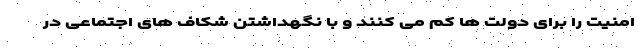
امنیت را برای دولت ها کم می کنند و با نگهداشتن شکاف های اجتماعی در